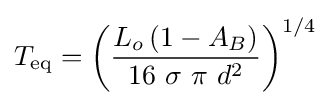
T_{\mathrm {eq} }={\left({\frac {L_{o}\left(1-A_{B}\right)}{16\ \sigma \ \pi \ d^{2}}}\right)}^{1/4}